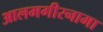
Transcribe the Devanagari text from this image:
आलमगीरनामा